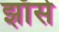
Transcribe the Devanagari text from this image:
झाँसे